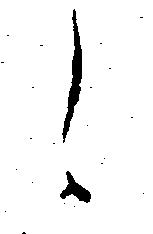
え